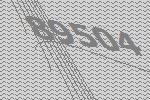
89504